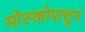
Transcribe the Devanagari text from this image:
मोस्कोपासून